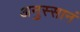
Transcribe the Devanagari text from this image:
अनुस्सानं